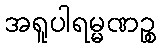
အရူပါရမ္မဏဉ္စ